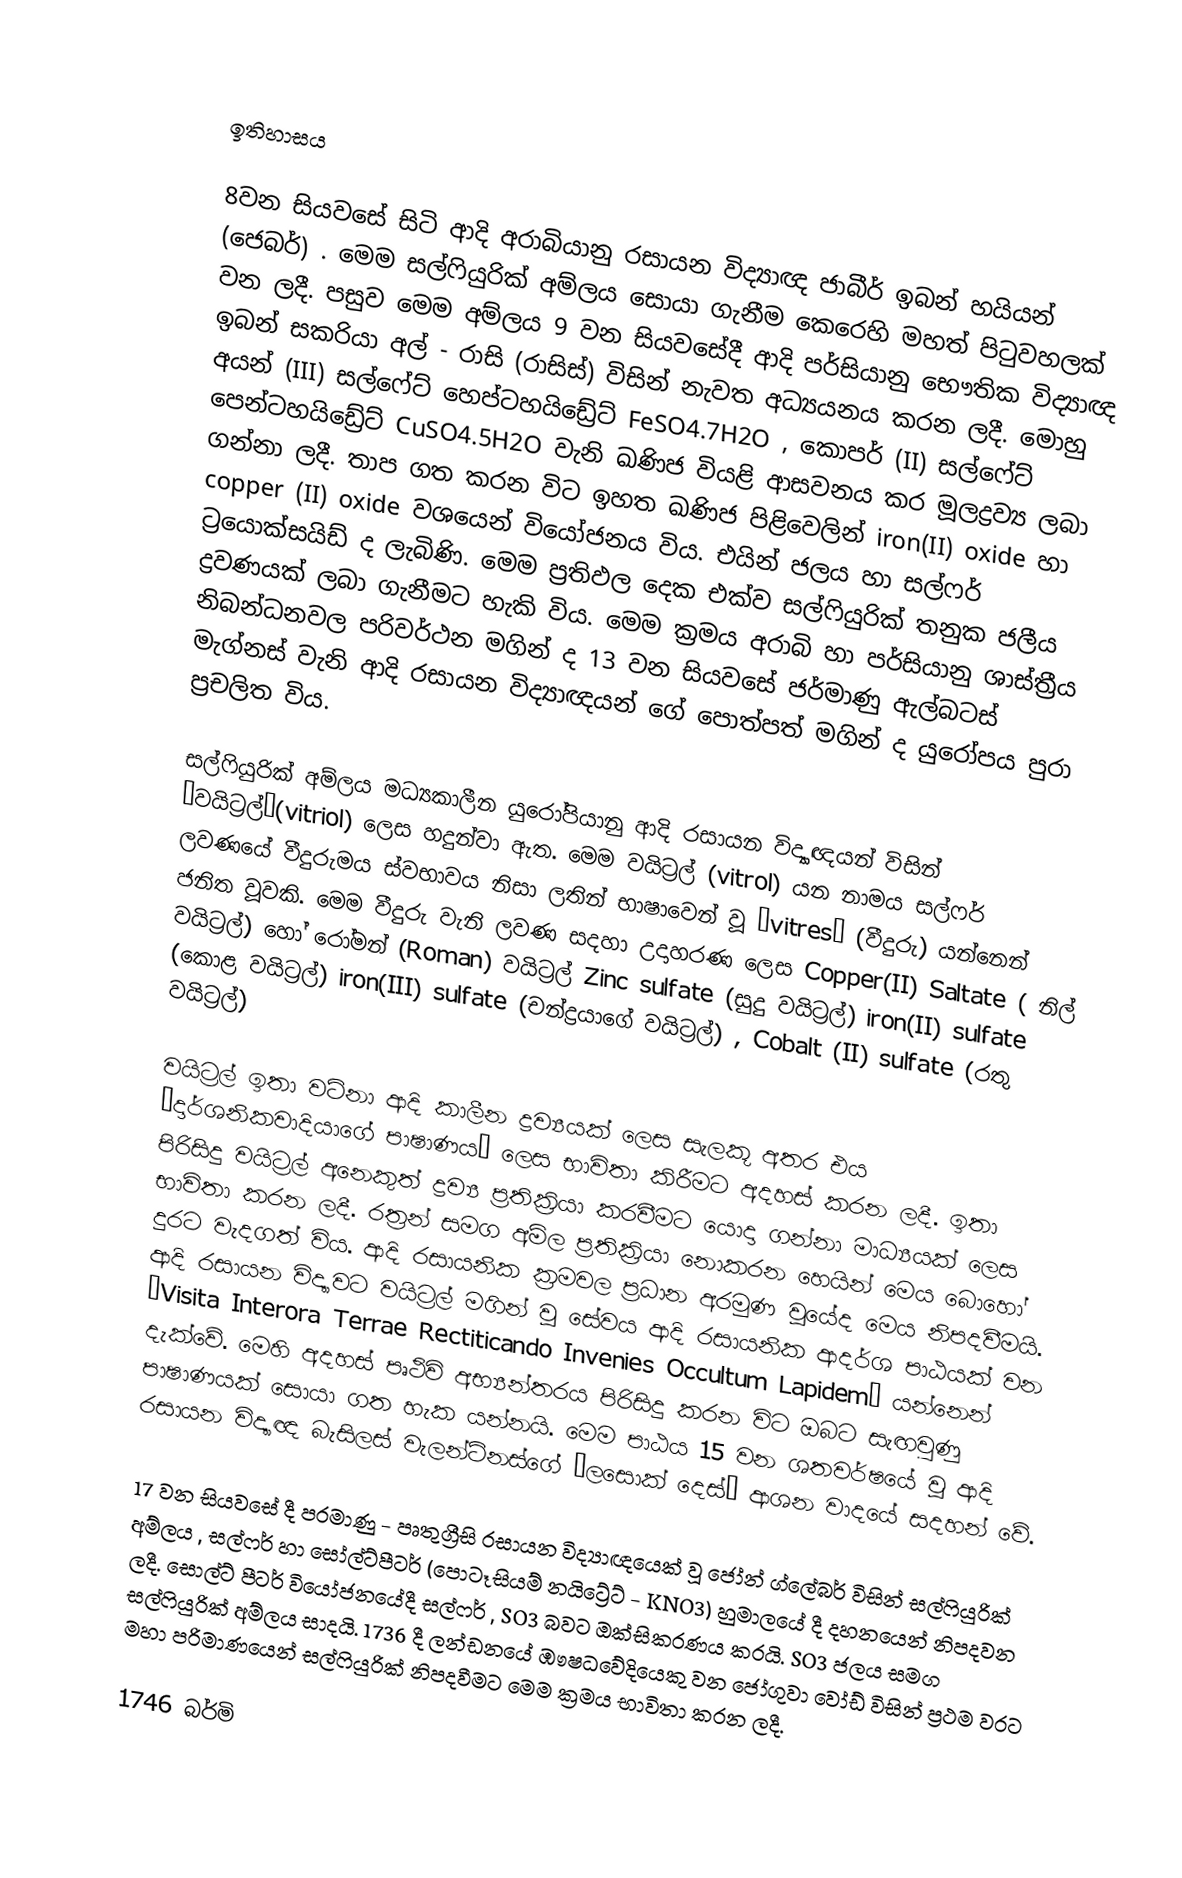

ඉතිහාසය

8වන සියවසේ සිටි ආදි අරාබියානු රසායන විද්‍යාඥ ජාබීර් ඉබන් හයියන් (ජෙබර්) . මෙම සල්ෆියුරික් අම්ලය සොයා ගැනීම කෙරෙහි මහත් පිටුවහලක් වන ලදී. පසුව මෙම අම්ලය 9 වන සියවසේදී ආදි පර්සියානු භෞතික විද්‍යාඥ ඉබන් සකරියා අල් - රාසි (රාසිස්) විසින් නැවත අධ්‍යයනය කරන ලදී. මොහු අයන් (III)  සල්ෆේට් හෙප්ටහයිඩ්‍රේට් FeSO4.7H2O  ,  කොපර් (II) සල්ෆේට් පෙන්ටහයිඩ්‍රේට් CuSO4.5H2O  වැනි ඛණිජ වියළි ආසවනය කර මූලද්‍රව්‍ය ලබා ගන්නා ලදී. තාප ගත කරන විට ඉහත ඛණිජ පිළිවෙලින් iron(II)  oxide  හා copper (II) oxide  වශයෙන් වියෝජනය විය. එයින් ජලය හා සල්ෆර් ට්‍රයොක්සයිඩ් ද ලැබිණි.  මෙම ප්‍රතිඵල දෙක එක්ව සල්ෆියුරික් තනුක ජලීය ද්‍රවණයක් ලබා ගැනීමට හැකි විය. මෙම ක්‍රමය අරාබි හා පර්සියානු ශාස්ත්‍රීය නිබන්ධනවල පරිවර්ථන මගින් ද 13 වන සියවසේ ජර්මාණු ඇල්බටස් මැග්නස් වැනි ආදි රසායන විද්‍යාඥයන් ගේ පොත්පත් මගින් ද යුරෝපය පුරා ප්‍රචලිත විය.

සල්ෆියුරික් අම්ලය මධ්‍යකාලීන යුරෝපියානු ආදි රසායන විද්‍යාඥයන් විසින් ‘වයිට්‍රල්’(vitriol) ලෙස හදුන්වා ඇත. මෙම වයිට්‍රල් (vitrol) යන නාමය සල්ෆර් ලවණයේ වීදුරුමය ස්වභාවය නිසා ලතින් භාෂාවෙන් වූ ‘vitres’ (වීදුරු) යන්නෙන් ජනිත වූවකි. මෙම වීදුරු වැනි ලවණ සදහා උදාහරණ ලෙස Copper(II) Saltate ( නිල් වයිට්‍රල්) හෝ රෝමන් (Roman)  වයිට්‍රල්  Zinc sulfate (සුදු වයිට්‍රල්)  iron(II) sulfate  (කොළ වයිට්‍රල්)    iron(III) sulfate   (චන්ද්‍රයාගේ වයිට්‍රල්) , Cobalt (II) sulfate (රතු වයිට්‍රල්)

වයිට්‍රල් ඉතා වටිනා ආදි කාලීන ද්‍රව්‍යයක් ලෙස සැලකූ අතර එය ‘දාර්ශනිකවාදි‍යාගේ පාෂාණය’ ලෙස භාවිතා කිරීමට  අදහස් කරන ලදී. ඉතා පිරිසිදු වයිට්‍රල් අනෙකුත් ද්‍රව්‍ය ප්‍රතික්‍රියා කරවීමට යොදා ගන්නා මාධ්‍යයක් ලෙස භාවිතා කරන ලදී. රත්‍රන් සමග අම්ල ප්‍රතික්‍රියා නොකරන හෙයින් මෙය බොහෝ දුරට වැදගත් විය. ආදි රසායනික ක්‍රමවල ප්‍රධාන අරමුණ වූයේද මෙය නිපදවීමයි. ආදි රසායන විද්‍යාවට වයිට්‍රල් මගින් වූ සේවය ආදි රසායනික ආදර්ශ පාඨයක් වන ‘Visita Interora Terrae Rectiticando Invenies Occultum Lapidem’ යන්නෙන් දැක්වේ. මෙහි අදහස් පෘථිවි අභ්‍යන්තරය පිරිසිදු කරන විට ඔබට සැඟවුණු පාෂාණයක් සොයා ගත හැක යන්නයි. මෙම පාඨය 15 වන ශතවර්ෂයේ වූ ආදි රසායන විද්‍යාඥ බැසිලස් වැලන්ටිනස්ගේ ‘ලසොක් දෙස්’ ආශන වාදයේ සදහන් වේ.

17 වන සියවසේ දී පරමාණු - පෘතුග්‍රීසි රසායන විද්‍යාඥයෙක් වූ ජෝන් ග්ලේබර් විසින් සල්ෆියුරික් අම්ලය , සල්ෆර් හා සෝල්ට්පීටර් (පොටෑසියම් නයිට්‍රේට් -  KNO3)  හුමාලයේ දී දහනයෙන් නිපදවන ලදී. සොල්ට් පීටර් වියෝජනයේදී සල්ෆර් , SO3  බවට ඔක්සිකරණය කරයි. SO3  ජලය සමග සල්ෆියුරික් අම්ලය සාදයි. 1736 දී ලන්ඩනයේ ඹෟෂධවේදියෙකු වන ජෝගුවා වෝඩ් විසින් ප්‍රථම වරට මහා පරිමාණයෙන් සල්‍ෆියුරික් නිපදවීමට මෙම ක්‍රමය භාවිතා කරන ලදී.

1746 බර්මි